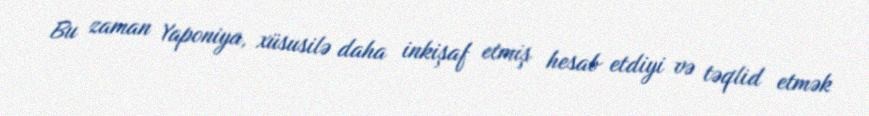
Bu zaman Yaponiya, xüsusilə daha inkişaf etmiş hesab etdiyi və təqlid etmək